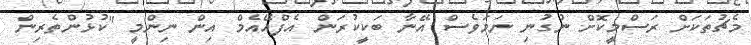
މެޗުތަކަށް ރަސްމީކޮށް ނުގުނި ނަމަވެސް އޭނާ ބަކީކުރަން އެފްއޭއެމް އިން ނިންމީ "ކުުޅުންތެރިން